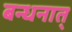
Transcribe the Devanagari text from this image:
बन्धनात्